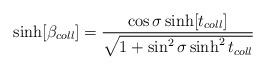
LaTeX: \begin{align*}\sinh [\beta _{coll}]=\frac{\cos \sigma \sinh [t_{coll}]}{\sqrt{1+\sin ^2\sigma \sinh ^2t_{coll}}}\end{align*}